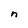
Character: n